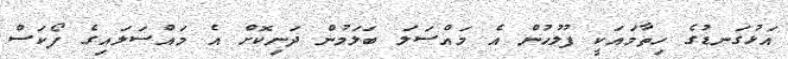
އަޅުގަނޑުގެ ހިތާމައަކީ ފުލުހުން އެ މައްސަލަ ބަލަމުން ދަނިކޮށް އެ މައްސަލައިގެ ފޯކަސް